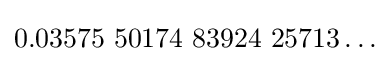
0{.}03575{\text{ }}50174{\text{ }}83924{\text{ }}25713\ldots